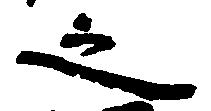
之